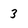
Character: 3